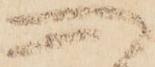
心